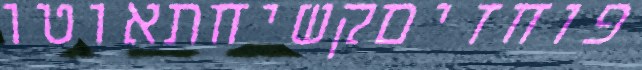
פוחזיםקשיחתאוטו